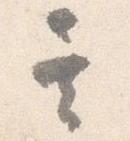
其